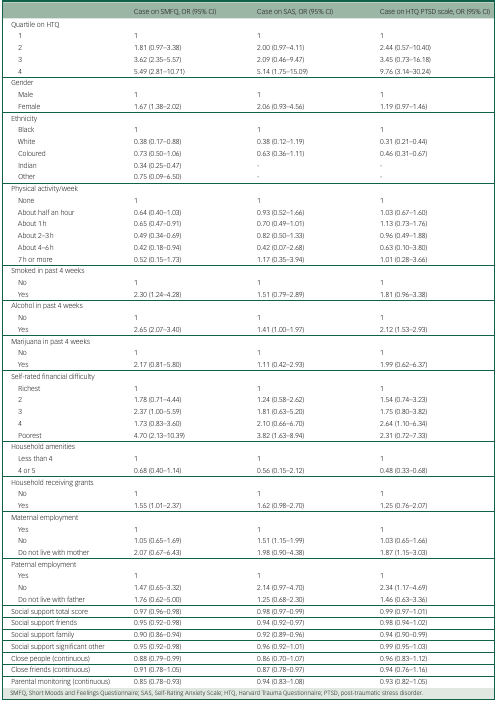
<table><thead><tr><td></td><td><b>Case on SMFQ, OR (95% CI)</b></td><td><b>Case on SAS, OR (95% CI)</b></td><td><b>Case on HTQ PTSD scale, OR (95% CI)</b></td></tr></thead><tbody><tr><td>Quartile on HTQ</td><td></td><td></td><td></td></tr><tr><td> 1</td><td>1</td><td>1</td><td>1</td></tr><tr><td> 2</td><td>1.81 (0.97–3.38)</td><td>2.00 (0.97–4.11)</td><td>2.44 (0.57–10.40)</td></tr><tr><td> 3</td><td>3.62 (2.35–5.57)</td><td>2.09 (0.46–9.47)</td><td>3.45 (0.73–16.18)</td></tr><tr><td> 4</td><td>5.49 (2.81–10.71)</td><td>5.14 (1.75–15.09)</td><td>9.76 (3.14–30.24)</td></tr><tr><td>Gender</td><td></td><td></td><td></td></tr><tr><td> Male</td><td>1</td><td>1</td><td>1</td></tr><tr><td> Female</td><td>1.67 (1.38–2.02)</td><td>2.06 (0.93–4.56)</td><td>1.19 (0.97–1.46)</td></tr><tr><td>Ethnicity</td><td></td><td></td><td></td></tr><tr><td> Black</td><td>1</td><td>1</td><td>1</td></tr><tr><td> White</td><td>0.38 (0.17–0.88)</td><td>0.38 (0.12–1.19)</td><td>0.31 (0.21–0.44)</td></tr><tr><td> Coloured</td><td>0.73 (0.50–1.06)</td><td>0.63 (0.36–1.11)</td><td>0.46 (0.31–0.67)</td></tr><tr><td> Indian</td><td>0.34 (0.25–0.47)</td><td>-</td><td>-</td></tr><tr><td> Other</td><td>0.75 (0.09–6.50)</td><td>-</td><td>-</td></tr><tr><td>Physical activity/week</td><td></td><td></td><td></td></tr><tr><td> None</td><td>1</td><td>1</td><td>1</td></tr><tr><td> About half an hour</td><td>0.64 (0.40–1.03)</td><td>0.93 (0.52–1.66)</td><td>1.03 (0.67–1.60)</td></tr><tr><td> About 1 h</td><td>0.65 (0.47–0.91)</td><td>0.70 (0.49–1.01)</td><td>1.13 (0.73–1.76)</td></tr><tr><td> About 2–3 h</td><td>0.49 (0.34–0.69)</td><td>0.82 (0.50–1.33)</td><td>0.96 (0.49–1.88)</td></tr><tr><td> About 4–6 h</td><td>0.42 (0.18–0.94)</td><td>0.42 (0.07–2.68)</td><td>0.63 (0.10–3.80)</td></tr><tr><td> 7 h or more</td><td>0.52 (0.15–1.73)</td><td>1.17 (0.35–3.94)</td><td>1.01 (0.28–3.66)</td></tr><tr><td>Smoked in past 4 weeks</td><td></td><td></td><td></td></tr><tr><td> No</td><td>1</td><td>1</td><td>1</td></tr><tr><td> Yes</td><td>2.30 (1.24–4.28)</td><td>1.51 (0.79–2.89)</td><td>1.81 (0.96–3.38)</td></tr><tr><td>Alcohol in past 4 weeks</td><td></td><td></td><td></td></tr><tr><td> No</td><td>1</td><td>1</td><td>1</td></tr><tr><td> Yes</td><td>2.65 (2.07–3.40)</td><td>1.41 (1.00–1.97)</td><td>2.12 (1.53–2.93)</td></tr><tr><td>Marijuana in past 4 weeks</td><td></td><td></td><td></td></tr><tr><td> No</td><td>1</td><td>1</td><td>1</td></tr><tr><td> Yes</td><td>2.17 (0.81–5.80)</td><td>1.11 (0.42–2.93)</td><td>1.99 (0.62–6.37)</td></tr><tr><td>Self-rated financial difficulty</td><td></td><td></td><td></td></tr><tr><td> Richest</td><td>1</td><td>1</td><td>1</td></tr><tr><td> 2</td><td>1.78 (0.71–4.44)</td><td>1.24 (0.58–2.62)</td><td>1.54 (0.74–3.23)</td></tr><tr><td> 3</td><td>2.37 (1.00–5.59)</td><td>1.81 (0.63–5.20)</td><td>1.75 (0.80–3.82)</td></tr><tr><td> 4</td><td>1.73 (0.83–3.60)</td><td>2.10 (0.66–6.70)</td><td>2.64 (1.10–6.34)</td></tr><tr><td> Poorest</td><td>4.70 (2.13–10.39)</td><td>3.82 (1.63–8.94)</td><td>2.31 (0.72–7.33)</td></tr><tr><td>Household amenities</td><td></td><td></td><td></td></tr><tr><td> Less than 4</td><td>1</td><td>1</td><td>1</td></tr><tr><td> 4 or 5</td><td>0.68 (0.40–1.14)</td><td>0.56 (0.15–2.12)</td><td>0.48 (0.33–0.68)</td></tr><tr><td>Household receiving grants</td><td></td><td></td><td></td></tr><tr><td> No</td><td>1</td><td>1</td><td>1</td></tr><tr><td> Yes</td><td>1.55 (1.01–2.37)</td><td>1.62 (0.98–2.70)</td><td>1.25 (0.76–2.07)</td></tr><tr><td>Maternal employment</td><td></td><td></td><td></td></tr><tr><td> Yes</td><td>1</td><td>1</td><td>1</td></tr><tr><td> No</td><td>1.05 (0.65–1.69)</td><td>1.51 (1.15–1.99)</td><td>1.03 (0.65–1.66)</td></tr><tr><td> Do not live with mother</td><td>2.07 (0.67–6.43)</td><td>1.98 (0.90–4.38)</td><td>1.87 (1.15–3.03)</td></tr><tr><td>Paternal employment</td><td></td><td></td><td></td></tr><tr><td> Yes</td><td>1</td><td>1</td><td>1</td></tr><tr><td> No</td><td>1.47 (0.65–3.32)</td><td>2.14 (0.97–4.70)</td><td>2.34 (1.17–4.69)</td></tr><tr><td> Do not live with father</td><td>1.76 (0.62–5.00)</td><td>1.25 (0.68–2.30)</td><td>1.46 (0.63–3.36)</td></tr><tr><td>Social support total score</td><td>0.97 (0.96–0.98)</td><td>0.98 (0.97–0.99)</td><td>0.99 (0.97–1.01)</td></tr><tr><td>Social support friends</td><td>0.95 (0.92–0.98)</td><td>0.94 (0.92–0.97)</td><td>0.98 (0.94–1.02)</td></tr><tr><td>Social support family</td><td>0.90 (0.86–0.94)</td><td>0.92 (0.89–0.96)</td><td>0.94 (0.90–0.99)</td></tr><tr><td>Social support significant other</td><td>0.95 (0.92–0.98)</td><td>0.96 (0.92–1.01)</td><td>0.99 (0.95–1.03)</td></tr><tr><td>Close people (continuous)</td><td>0.88 (0.79–0.99)</td><td>0.86 (0.70–1.07)</td><td>0.96 (0.83–1.12)</td></tr><tr><td>Close friends (continuous)</td><td>0.91 (0.78–1.05)</td><td>0.87 (0.78–0.97)</td><td>0.94 (0.76–1.16)</td></tr><tr><td>Parental monitoring (continuous)</td><td>0.85 (0.78–0.93)</td><td>0.94 (0.83–1.08)</td><td>0.93 (0.82–1.05)</td></tr></tbody></table>